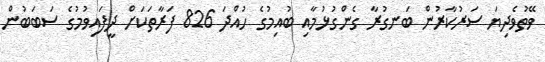
ވޭތުވެދިޔަ ސަރުކާރުން ބަނގުރާ ގެންގުޅުމާއި ބުއިމުގެ ހުއްދަ 826 ފަރާތަކަށް ދީފައިވުމުގެ ސަބަބުން